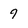
Character: 9